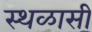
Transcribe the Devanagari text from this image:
स्थळासी